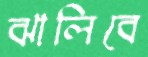
ঝালিবে